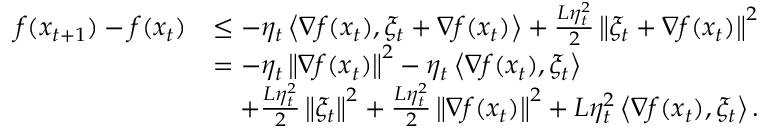
\begin{array} { r l } { f ( x _ { t + 1 } ) - f ( x _ { t } ) } & { \le - \eta _ { t } \left\langle \nabla f ( x _ { t } ) , \xi _ { t } + \nabla f ( x _ { t } ) \right\rangle + \frac { L \eta _ { t } ^ { 2 } } { 2 } \left\Vert \xi _ { t } + \nabla f ( x _ { t } ) \right\Vert ^ { 2 } } \\ & { = - \eta _ { t } \left\Vert \nabla f ( x _ { t } ) \right\Vert ^ { 2 } - \eta _ { t } \left\langle \nabla f ( x _ { t } ) , \xi _ { t } \right\rangle } \\ & { \quad + \frac { L \eta _ { t } ^ { 2 } } { 2 } \left\Vert \xi _ { t } \right\Vert ^ { 2 } + \frac { L \eta _ { t } ^ { 2 } } { 2 } \left\Vert \nabla f ( x _ { t } ) \right\Vert ^ { 2 } + L \eta _ { t } ^ { 2 } \left\langle \nabla f ( x _ { t } ) , \xi _ { t } \right\rangle . } \end{array}